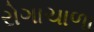
રોગાચાળા